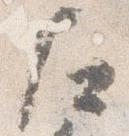
左